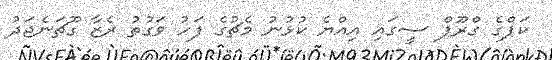
ކަޕްގެ ގްރޫޕް ސީގައި އިއްޔެ ކުޅުނު މެޗުގެ ފަހު ވަގުތު ރެޒާ ގޫޗަނެޖަދު